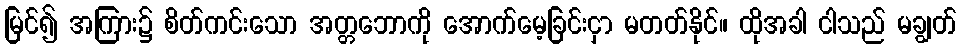
မြင်၍ အကြား၌ စိတ်ကင်းသော အတ္တဘောကို အောက်မေ့ခြင်းငှာ မတတ်နိုင်။ ထိုအခါ ငါသည် မချွတ်